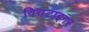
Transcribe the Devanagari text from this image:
विचटाइगर